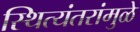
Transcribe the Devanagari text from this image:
स्थित्यंतरांमुळे